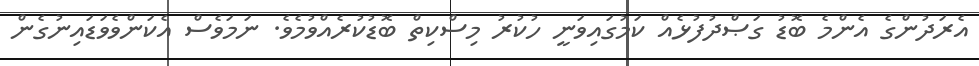
އެރަދުންގެ އެންމެ ބޮޑު ގަޞްދުފުޅެއް ކަމުގައިވަނީ ހުކުރު މިސްކިތް ބޮޑުކުރެއްވުމެވެ. ނަމަވެސް އެކަންވެވަޑައިނުގެން